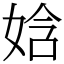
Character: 娢